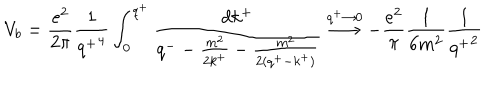
V _ { b } = \frac { e ^ { 2 } } { 2 \pi } \frac { 1 } { { q ^ { + } } ^ { 4 } } \int _ { 0 } ^ { q ^ { + } } \frac { d k ^ { + } } { q ^ { - } - \frac { m ^ { 2 } } { 2 k ^ { + } } - \frac { m ^ { 2 } } { 2 ( q ^ { + } - k ^ { + } ) } } \stackrel { q ^ { + } \rightarrow 0 } { \longrightarrow } - \frac { e ^ { 2 } } { \pi } \frac { 1 } { 6 m ^ { 2 } } \frac { 1 } { { q ^ { + } } ^ { 2 } }